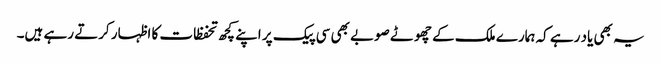
یہ بھی یاد رہے کہ ہمارے ملک کے چھوٹے صوبے بھی سی پیک پر اپنے کچھ تحفظات کا اظہار کرتے رہے ہیں۔